DOW-UAP-D49, Launch Summary, Vandenberg AFB, 2000
Agency: Department of War
Incident date: 2/3/00
Page 56
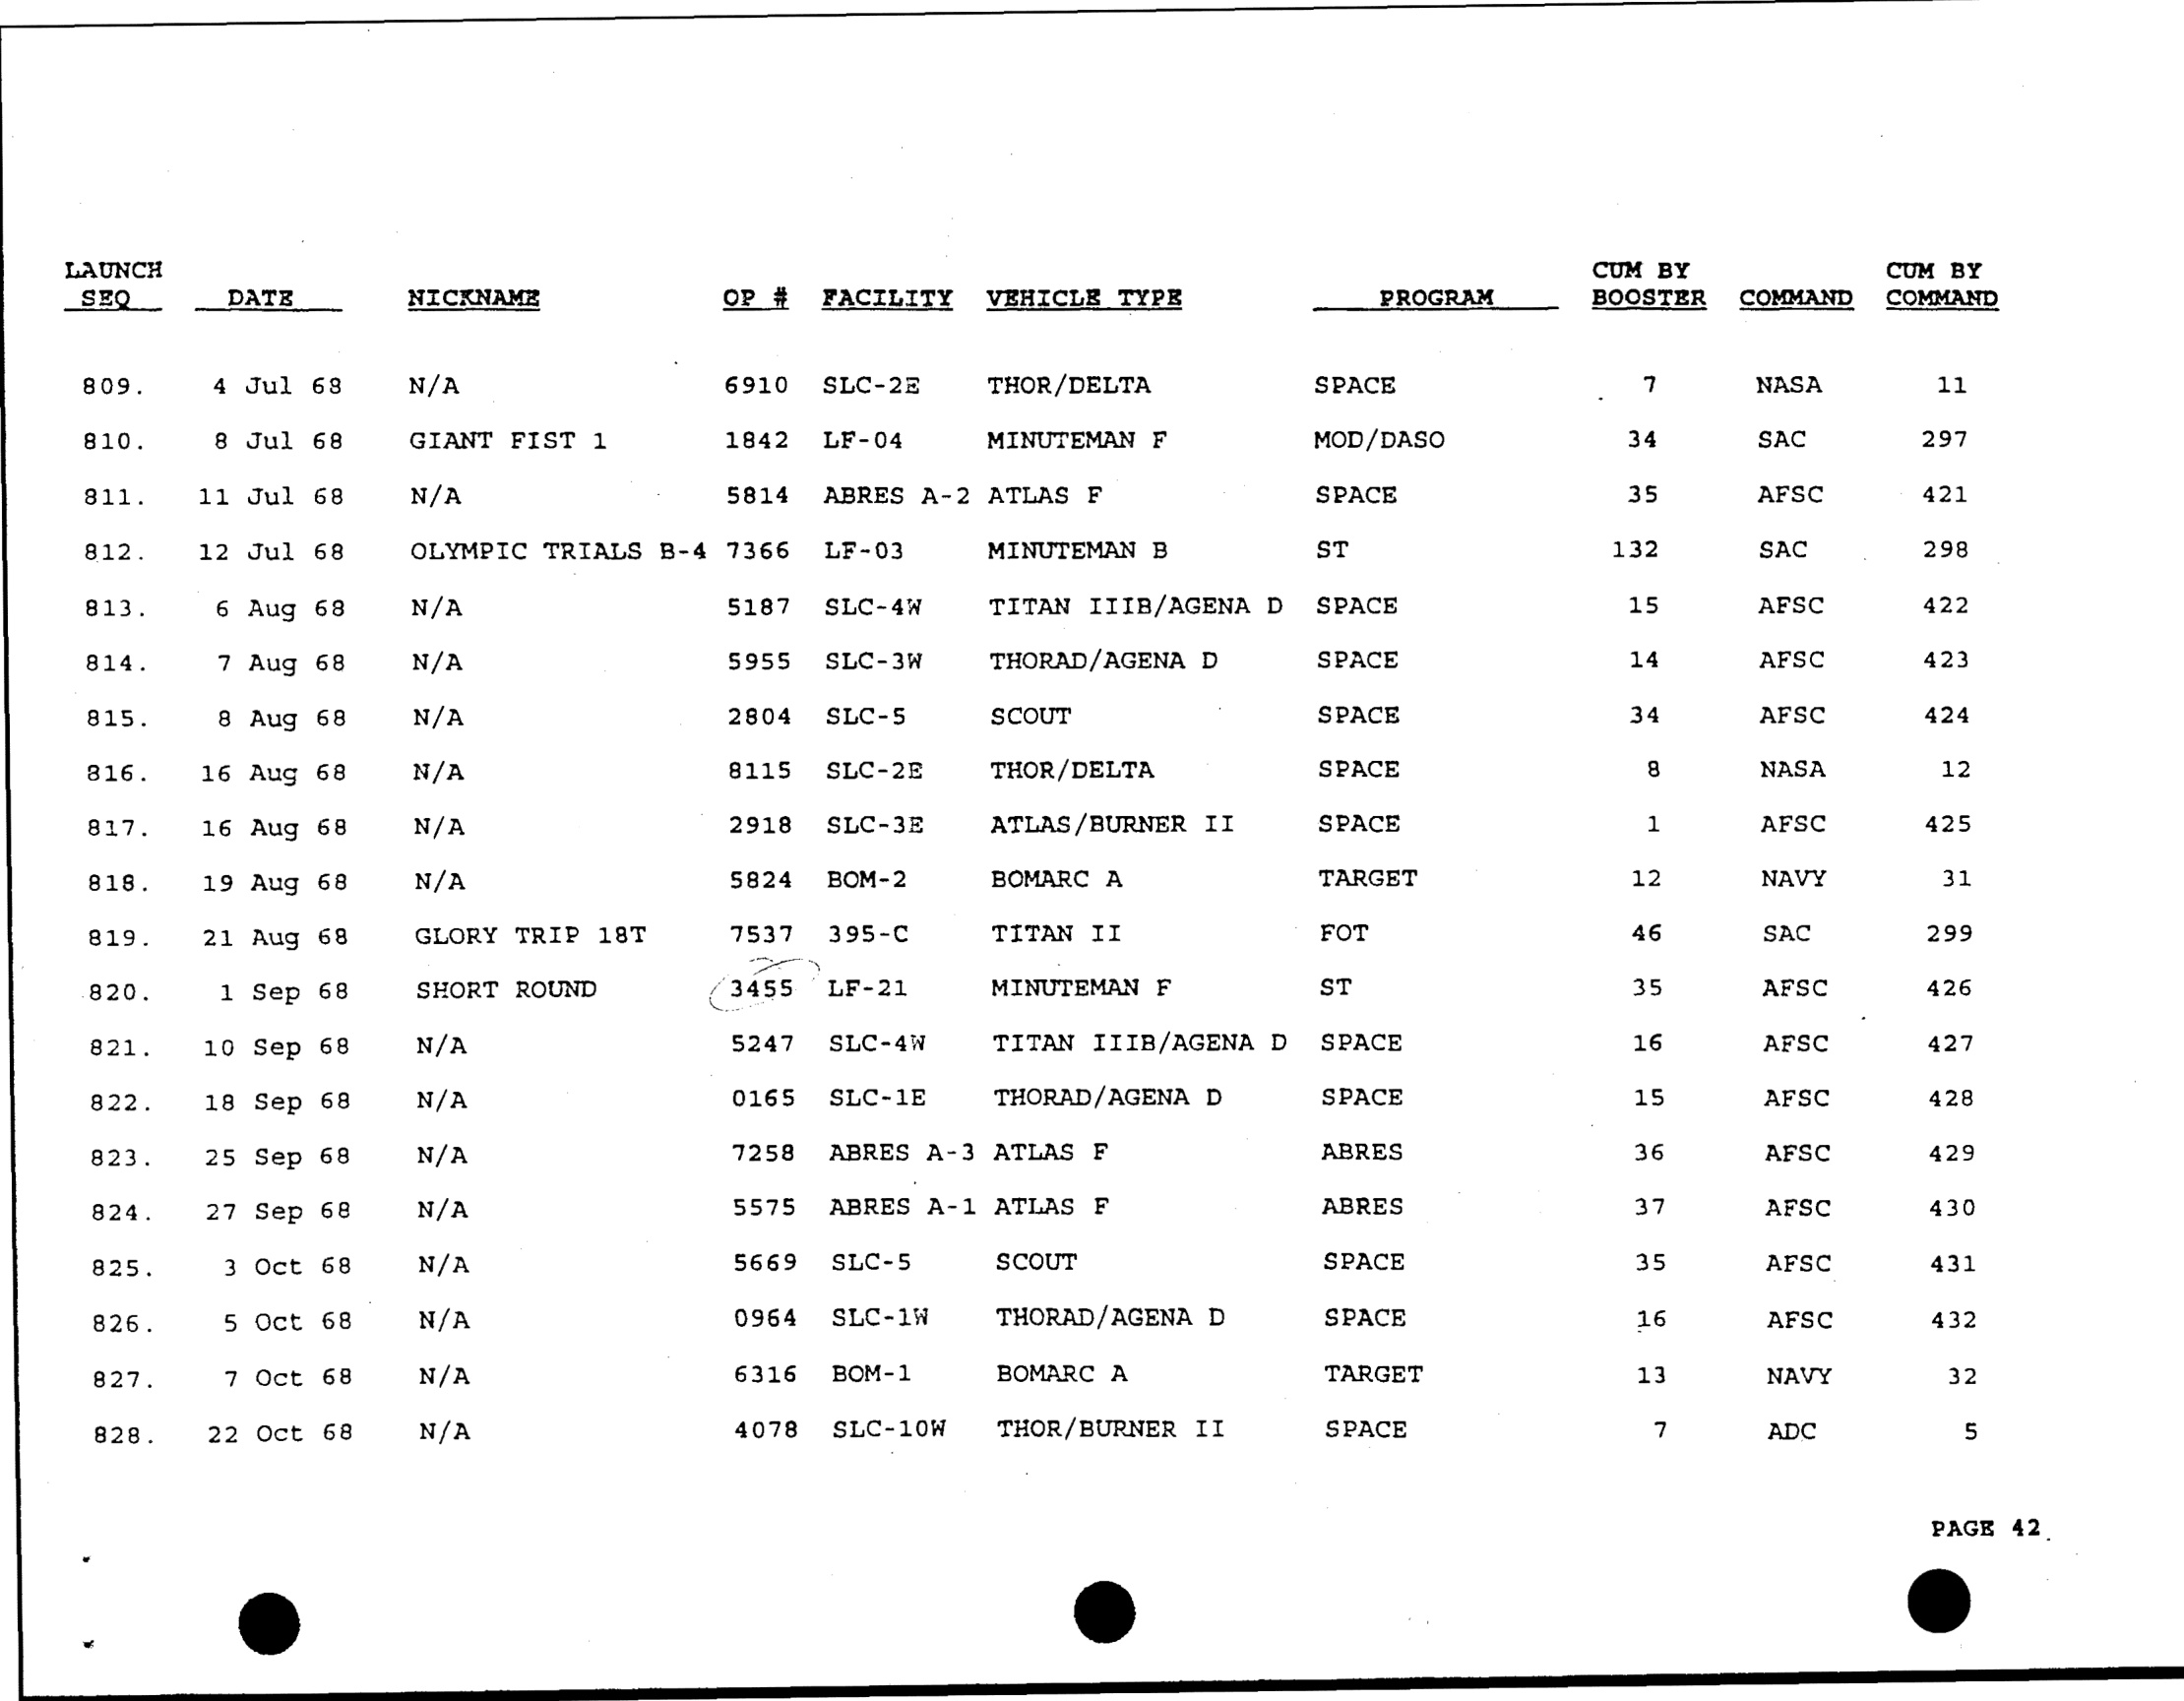